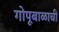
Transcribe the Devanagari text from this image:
गोपूबाळाची